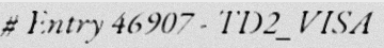
# Entry 46907 - TD2_VISA